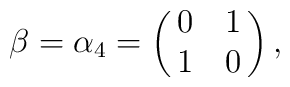
\beta=\alpha_4=\pmatrix{0 & 1 \cr1 & 0 \cr},